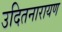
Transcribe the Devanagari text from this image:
उदितनारायण